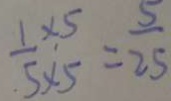
\frac { 1 \times 5 } { 5 \times 5 } = \frac { 5 } { 2 5 }